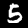
Digit: 5